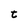
Character: t